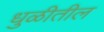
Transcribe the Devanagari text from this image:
धुळीतील